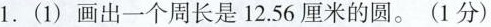
1.(1)画出一个周长是12.56厘米的圆。(1分)